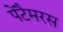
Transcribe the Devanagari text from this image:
पेंटैमरस